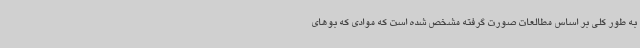
به طور کلی بر اساس مطالعات صورت گرفته مشخص شده است که موادی که بوهای